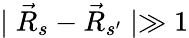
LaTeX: \mid\vec{R}_{s}-\vec{R}_{s^{\prime}}\mid\gg 1